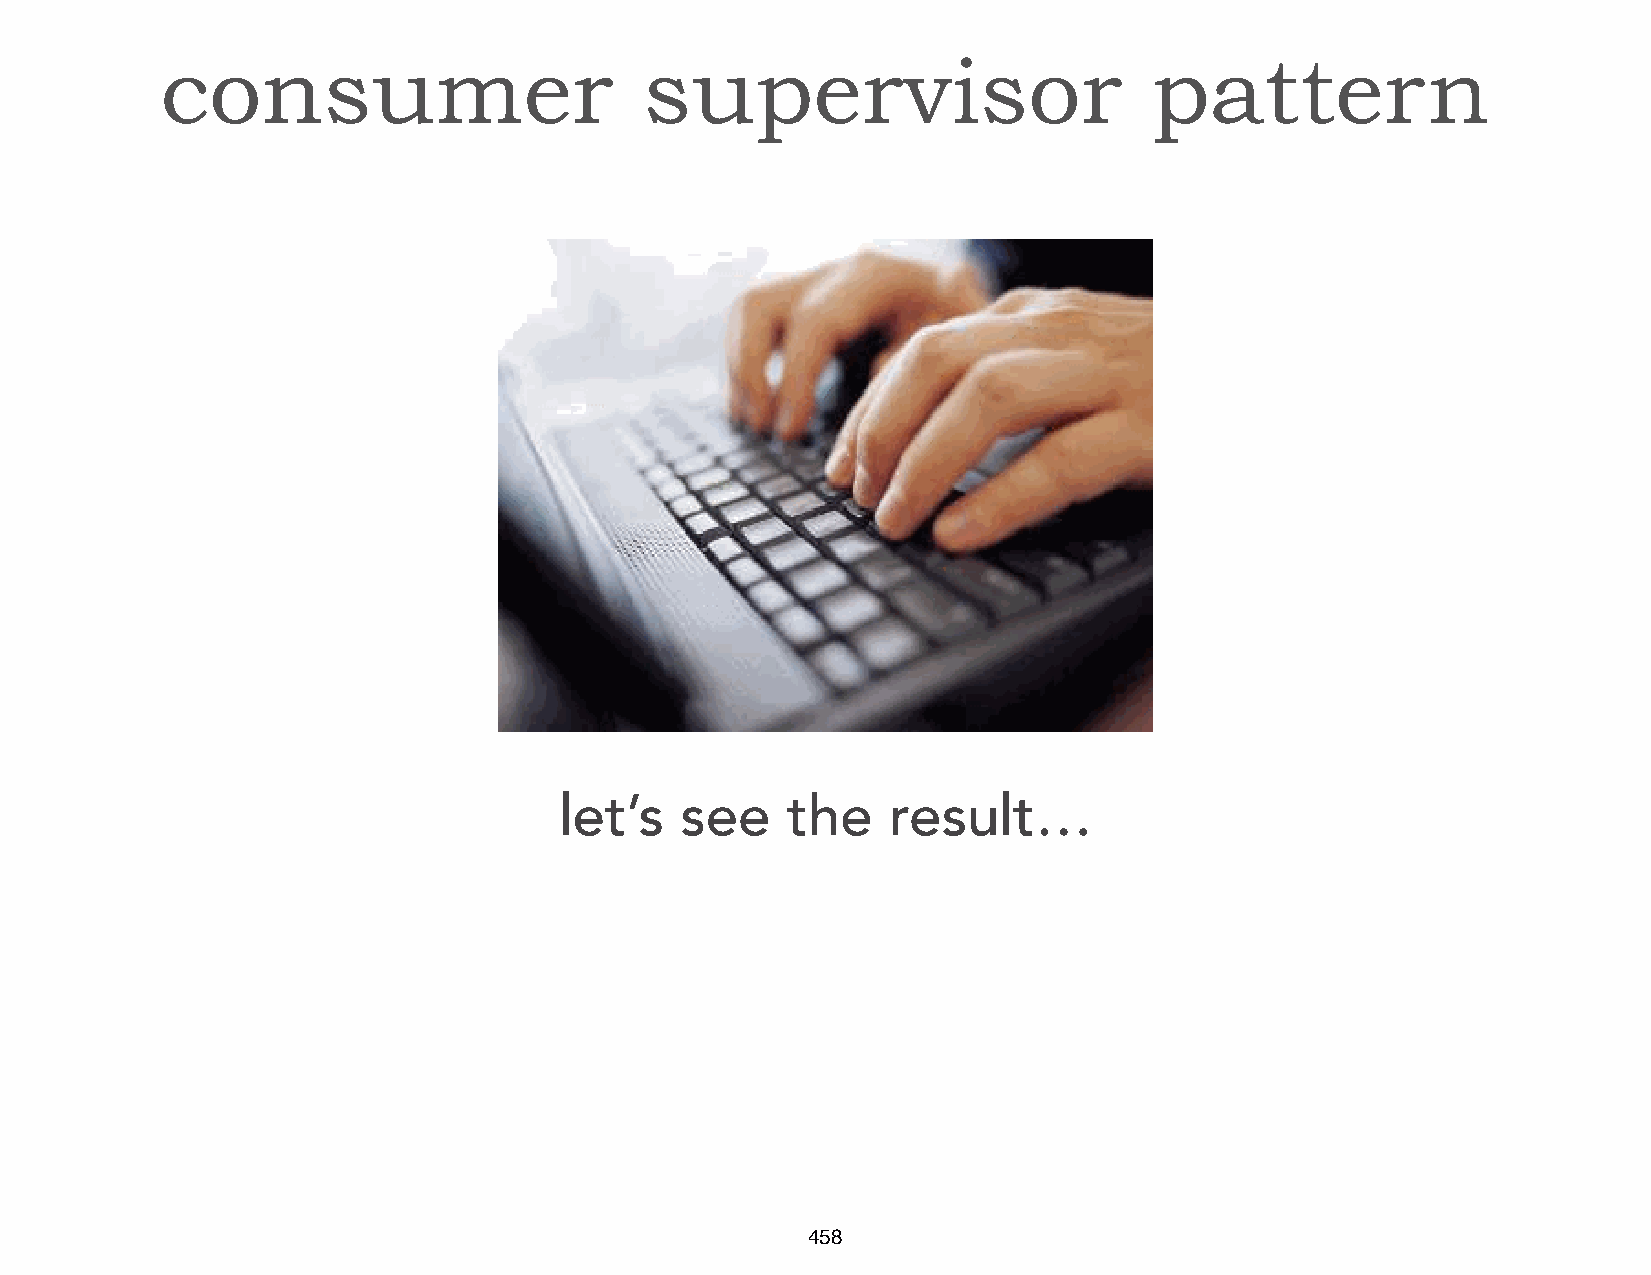
consumer                        supervisor                       pattern
 let’s   see    the    result…
 458